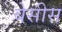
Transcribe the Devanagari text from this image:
बेसीस